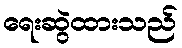
ရေးဆွဲထားသည်